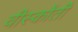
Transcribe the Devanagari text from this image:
वीस्कोंती